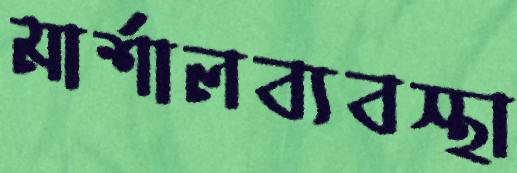
মার্শালব্যবস্থা